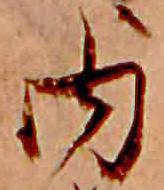
内